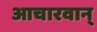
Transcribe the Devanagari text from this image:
आचारवान्